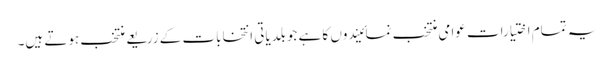
یہ تمام اختیارات عوامی منتخب نمائیندوں کا ہے جو بلدیاتی انتخابات کے زریعے منتخب ہوتے ہیں۔